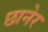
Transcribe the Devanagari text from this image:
छानेर